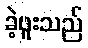
ခဲ့ဖူးသည်